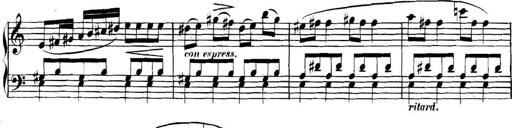
Title: Collected Piano Sonatas
Composer: Muzio Clementi